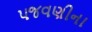
પજવણીના